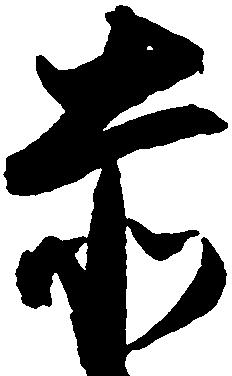
赤